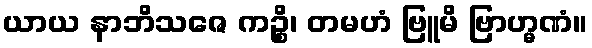
ယာယ နာဘိသဇေ ကဉ္စိ၊ တမဟံ ဗြူမိ ဗြာဟ္မဏံ။